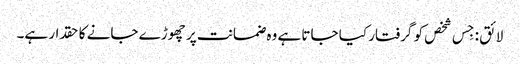
لائق : جِس شخص کو گرفتار کیا جاتا ہے وہ ضمانت پر چھوڑے جانے کا حقدار ہے۔